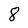
Character: 8